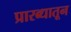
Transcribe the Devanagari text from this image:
प्रारब्धातून